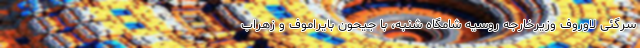
سرگئی لاوروف وزیرخارجه روسیه شامگاه شنبه، با جیحون بایراموف و زهراب